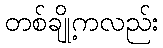
တစ်ချို့ကလည်း